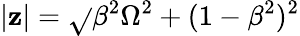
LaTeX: |\mathbf{z}|=\sqrt{}{{\beta^{2}\Omega^{2}+(1-\beta^{2})^{2}}}